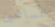
المساهمين